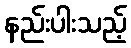
နည်းပါးသည့်